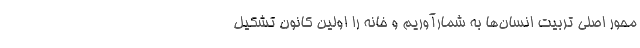
محور اصلی تربیت انسان‌ها به شمارآوریم و خانه را اولین کانون تشکیل